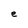
Character: e